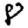
Digit: 8